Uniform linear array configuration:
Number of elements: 4
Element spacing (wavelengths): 0.25
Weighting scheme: hann
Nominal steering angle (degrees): -45
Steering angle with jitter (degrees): -43.485
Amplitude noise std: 0.05
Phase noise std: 0.05

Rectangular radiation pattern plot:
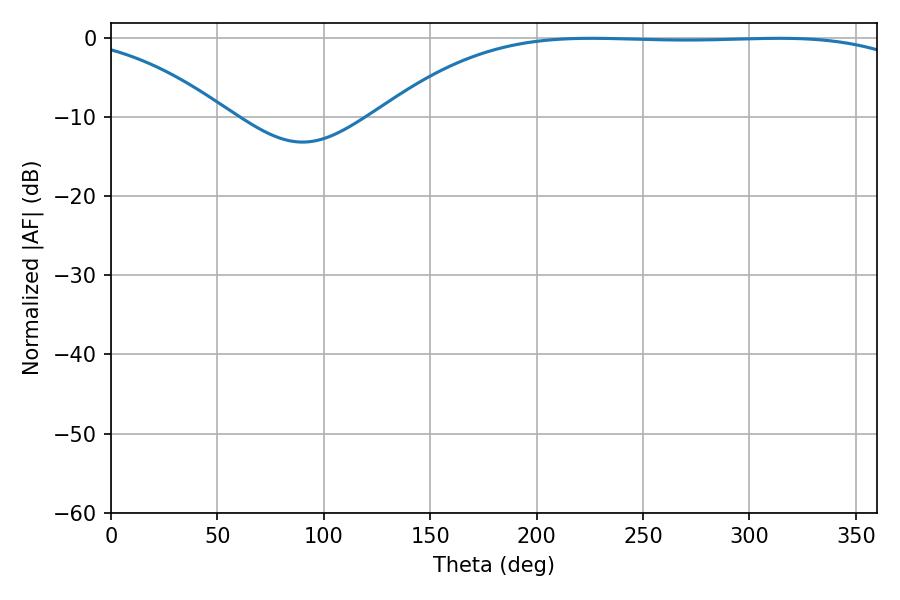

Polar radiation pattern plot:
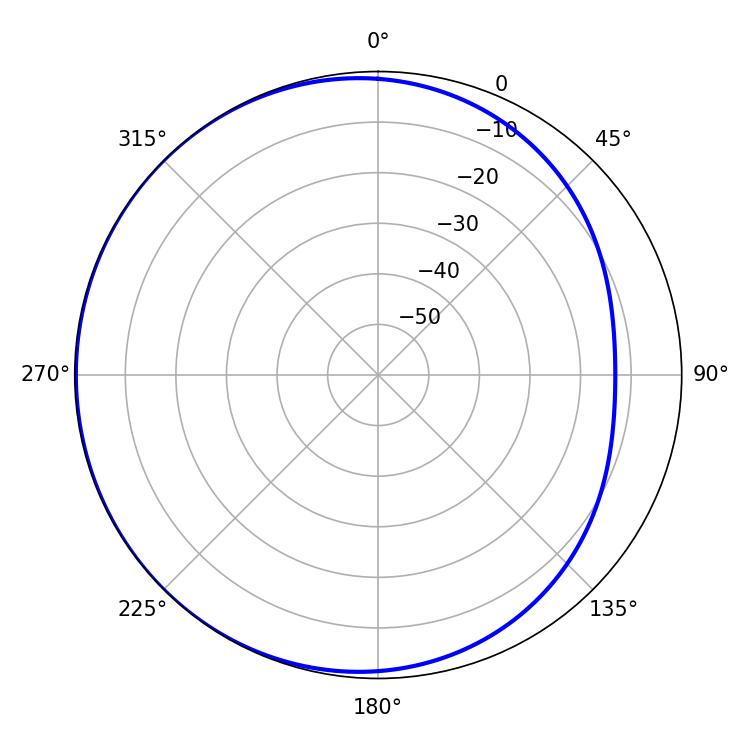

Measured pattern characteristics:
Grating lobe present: FALSE
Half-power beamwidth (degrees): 196.38
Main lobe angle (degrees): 225.72